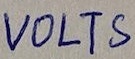
Text: VOLTS